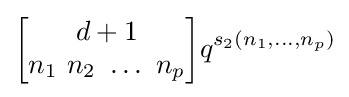
{\begin{bmatrix}d+1\\n_{1}\ n_{2}\ \dots \ n_{p}\end{bmatrix}}q^{s_{2}(n_{1},\ldots ,n_{p})}